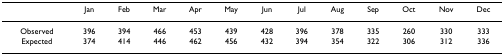
<table><thead><tr><td></td><td><b>Jan</b></td><td><b>Feb</b></td><td><b>Mar</b></td><td><b>Apr</b></td><td><b>May</b></td><td><b>Jun</b></td><td><b>Jul</b></td><td><b>Aug</b></td><td><b>Sep</b></td><td><b>Oct</b></td><td><b>Nov</b></td><td><b>Dec</b></td></tr></thead><tbody><tr><td>Observed</td><td>396</td><td>394</td><td>466</td><td>453</td><td>439</td><td>428</td><td>396</td><td>378</td><td>335</td><td>260</td><td>330</td><td>333</td></tr><tr><td>Expected</td><td>374</td><td>414</td><td>446</td><td>462</td><td>456</td><td>432</td><td>394</td><td>354</td><td>322</td><td>306</td><td>312</td><td>336</td></tr></tbody></table>